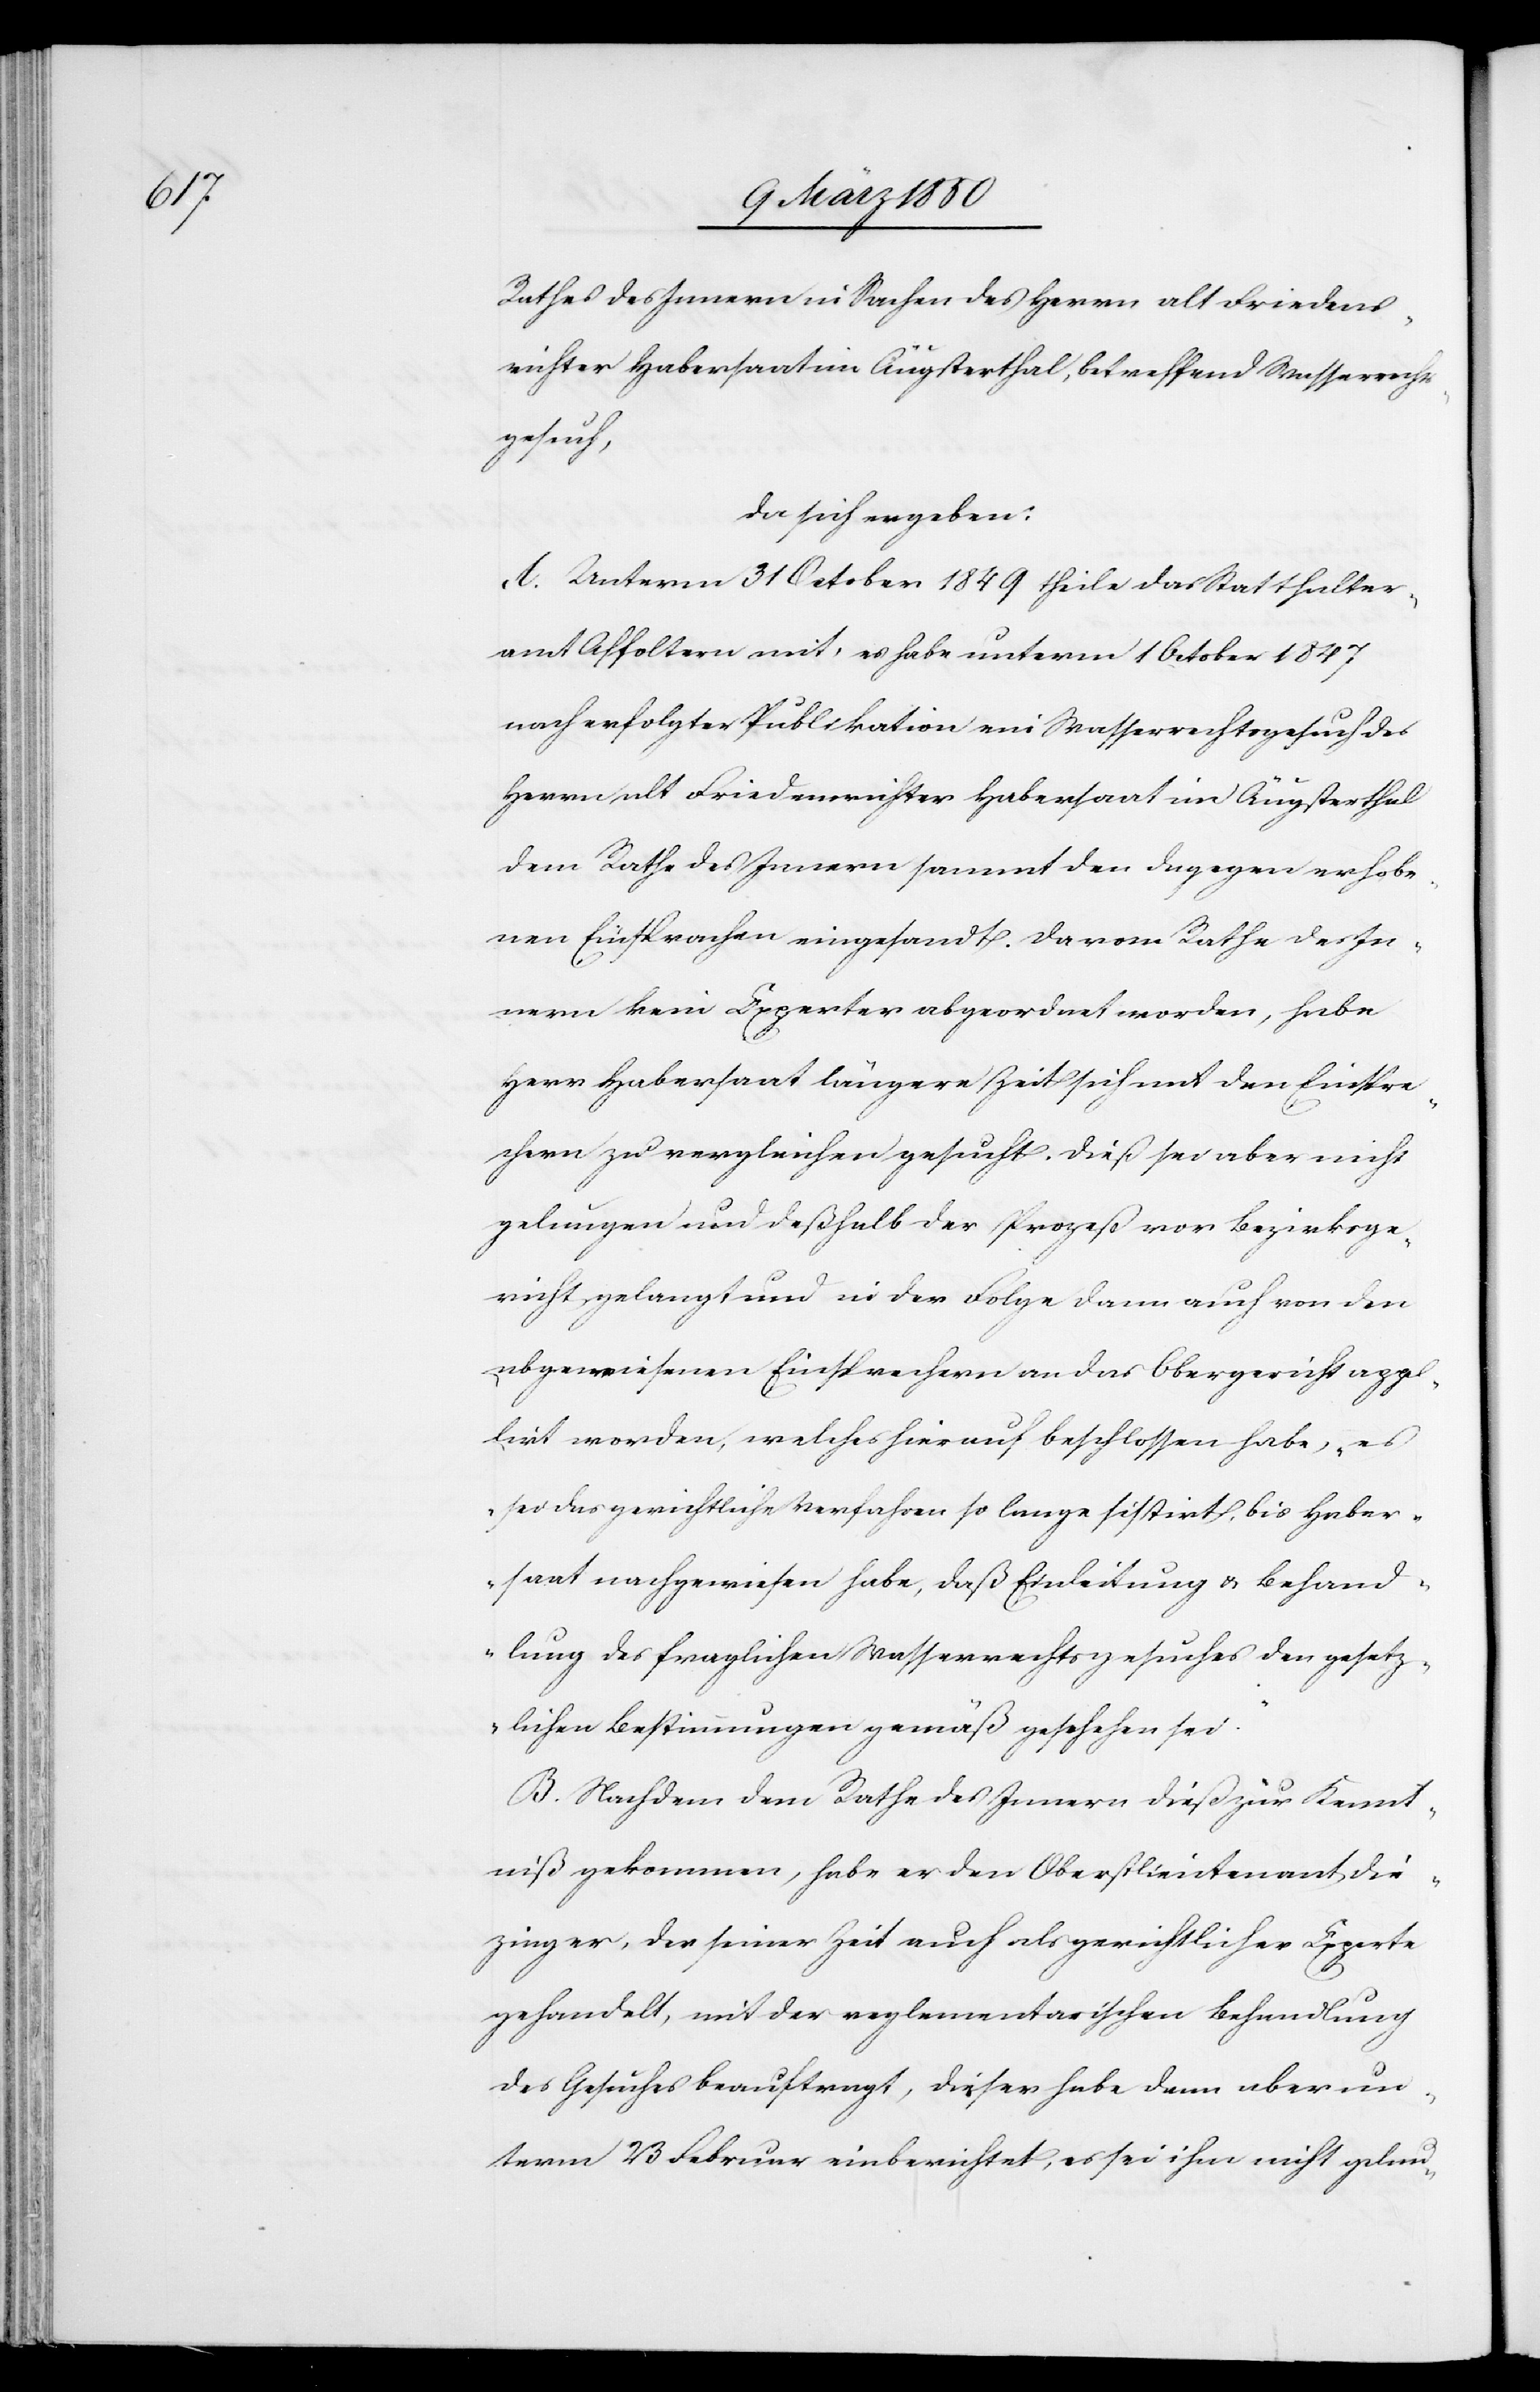
Rathes des Innern in Sachen des Herrn alt Friedens¬
richter Habersaat im Äugsterthal, betreffend Wasserrecht¬
sgesuch,
da sich ergeben:
A. Unterm 31 October 1849 theile das Statthalter¬
amt Affoltern mit, es habe unterm 1 October 1847
nach erfolgter Publikation ein Wasserrechtsgesuch des
Herrn alt Friedensrichter Habersaat im Äugsterthal
dem Rathe des Innern sammt den dagegen erhobe¬
nen Einsprachen eingesandt. Da vom Rathe des In¬
nern kein Experter [sic!] abgeordnet worden, habe
Herr Habersaat längere Zeit sich mit den Einspre¬
chern zu vergleichen gesucht. Dieß sei aber nicht
gelungen und deßhalb der Prozeß vor Bezirksge¬
richt gelangt und in der Folge dann auch von den
abgewiesenen Einsprachen an das Obergericht appel¬
lirt worden, welches hierauf beschlossen habe, „es
sei das gerichtliche Verfahren so lange sistirt, bis Haber¬
saat nachgewiesen habe, daß Einleitung u. Behand¬
lung des fraglichen Wasserrechtsgesuches den gesetz¬
lichen Bestimmungen gemäß geschehen sei.“
B. Nachdem dem Rathe des Innern dieß zur Kennt¬
niß gekommen, habe er den Oberstlieutenant Die¬
zinger, der seiner Zeit auch als gerichtlicher Experte
gehandelt, mit der reglementarischen Behandlung
des Gesuches beauftragt, dieser habe dann aber un¬
term 23 Februar einberichtet, es sei ihm nicht gelun-